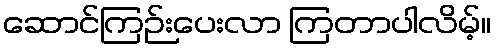
ဆောင်ကြဉ်းပေးလာ ကြတာပါလိမ့်။